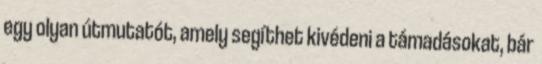
egy olyan útmutatót, amely segíthet kivédeni a támadásokat, bár